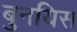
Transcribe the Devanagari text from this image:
बुनयिस